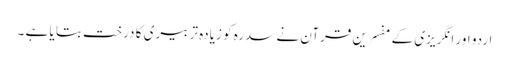
اردو اور انگریزی کے مفسرین قرآن نے سدرہ کو زیادہ تر بیری کا درخت بتا یا ہے ۔